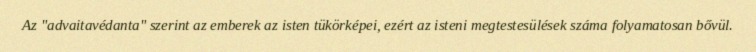
Az "advaitavédanta" szerint az emberek az isten tükörképei, ezért az isteni megtestesülések száma folyamatosan bővül.